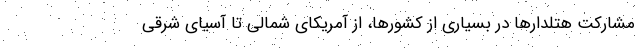
مشارکت هتلدارها در بسیاری از کشورها، از آمریکای شمالی تا آسیای شرقی